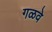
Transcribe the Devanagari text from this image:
गळवे